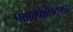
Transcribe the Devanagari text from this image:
पश्चातपेशीपटलावर